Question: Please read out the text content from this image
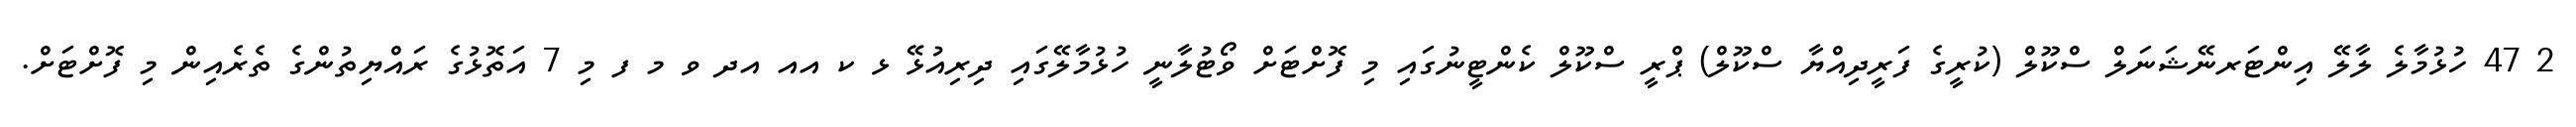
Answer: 2 47 ހުޅުމާލެ ލާލޭ އިންޓަރނޭޝަނަލް ސްކޫލް (ކުރީގެ ފަރީދިއްޔާ ސްކޫލް) ޕްރީ ސްކޫލް ކެންޓީނުގައި މި ފޮށްޓަށް ވޯޓުލާނީ ހުޅުމާލޭގައި ދިރިއުޅޭ ޅ ކ އއ އދ ވ މ ފ މި 7 އަތޮޅުގެ ރައްޔިތުންގެ ތެރެއިން މި ފޮށްޓަށް.